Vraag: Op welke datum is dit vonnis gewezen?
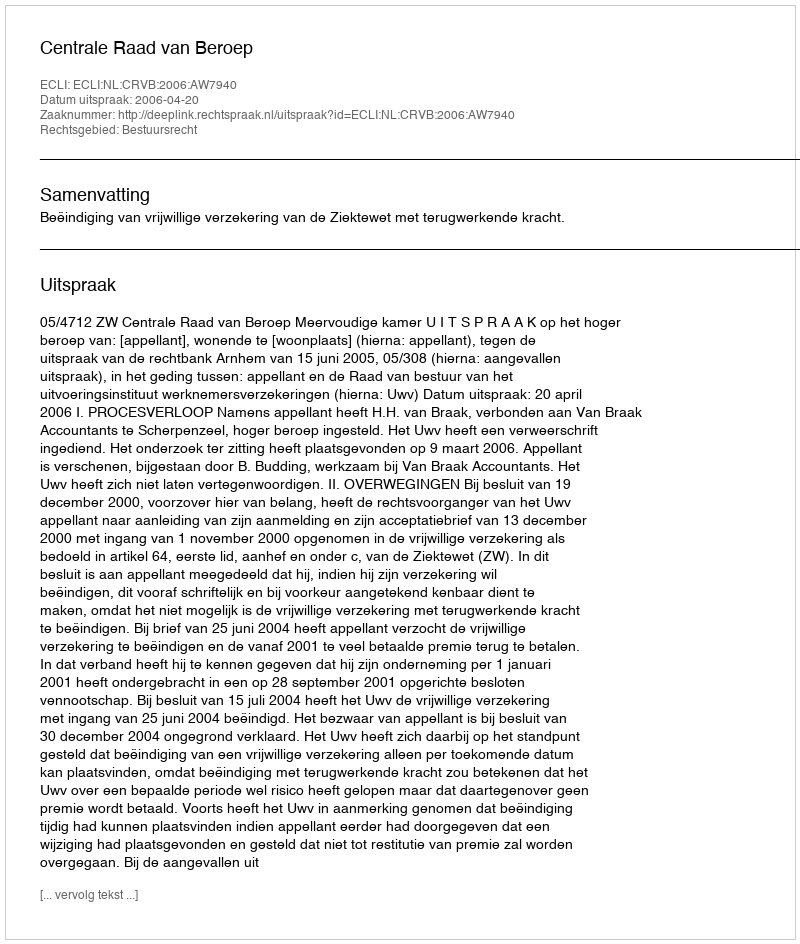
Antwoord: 2006-04-20